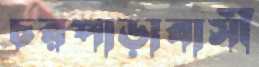
চরপাড়াবাসী